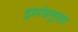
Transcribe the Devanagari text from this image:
भूप्रदेशानुसार